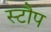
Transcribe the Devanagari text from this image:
स्टौप